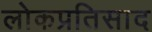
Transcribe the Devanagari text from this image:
लोकप्रतिसाद